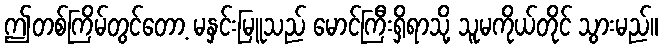
ဤတစ်ကြိမ်တွင်တော့ မနှင်းမြူသည် မောင်ကြီးရှိရာသို့ သူမကိုယ်တိုင် သွားမည်။